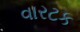
વારટક